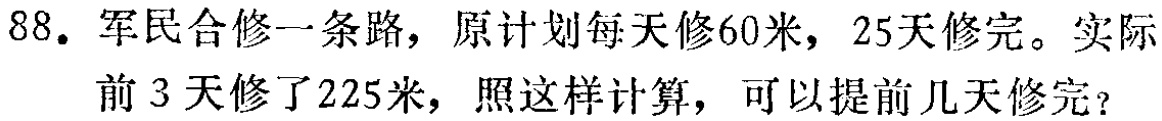
88. 军民合修一条路，原计划每天修60米，25天修完。实际前3天修了225米，照这样计算，可以提前几天修完？